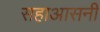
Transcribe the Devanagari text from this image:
सहाआसनी